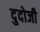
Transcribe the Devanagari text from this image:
दुदोजी